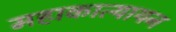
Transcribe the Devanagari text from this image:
महाकात्यायन